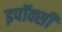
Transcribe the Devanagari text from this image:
इपॉक्सी